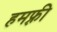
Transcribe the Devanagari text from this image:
हमफ़्री